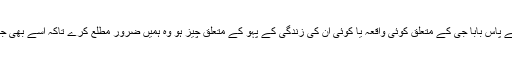
آمین اگر کسی کے پاس بابا جی کے متعلق کوئی واقعہ یا کوئی ان کی زندگی کے پہو کے متعلق چیز ہو وہ ہمیں ضرور مطلع کرے تاکہ اسے بھی جمع کیا جا سکے۔